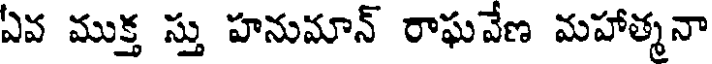
ఏవ ముక్త స్తు హనుమాన్ రాఘవేణ మహాత్మనా